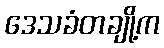
ဒေသခံတချို့က